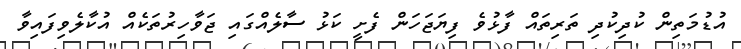
އުޑުމަތިން ކުދިކުދި ތަރިތައް ފާޅުވެ ފިޔަޖަހަން ފެށީ ކަޅު ސާލެއްގައި ޖަވާހިރުތަކެއް އުކާލެވިފައިވާ